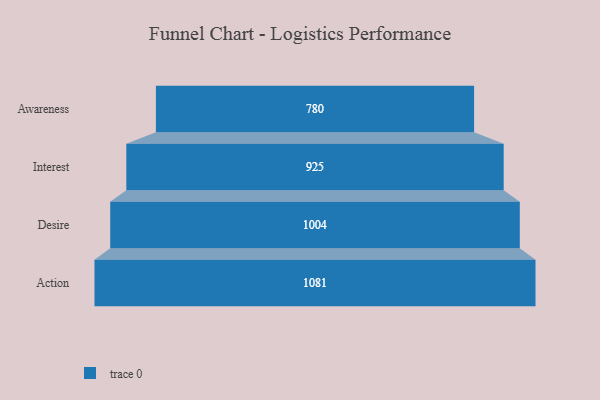
{"axis": {"x": "Stage", "y": "Value"}, "legend": [""], "data": [{"x": "Awareness", "y": 780.0, "type": ""}, {"x": "Interest", "y": 925.0, "type": ""}, {"x": "Desire", "y": 1004.0, "type": ""}, {"x": "Action", "y": 1081.0, "type": ""}]}